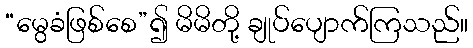
“မွေခံဖြစ်စေ”၍ မိမိတို့ ချုပ်ပျောက်ကြသည်။